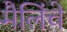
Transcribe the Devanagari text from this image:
मैलिंचे